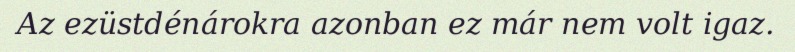
Az ezüstdénárokra azonban ez már nem volt igaz.